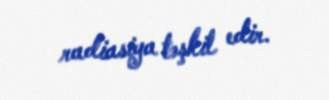
radiasiya təşkil edir.